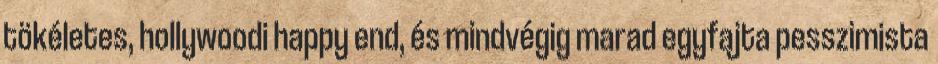
tökéletes, hollywoodi happy end, és mindvégig marad egyfajta pesszimista